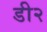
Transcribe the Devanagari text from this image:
डी२